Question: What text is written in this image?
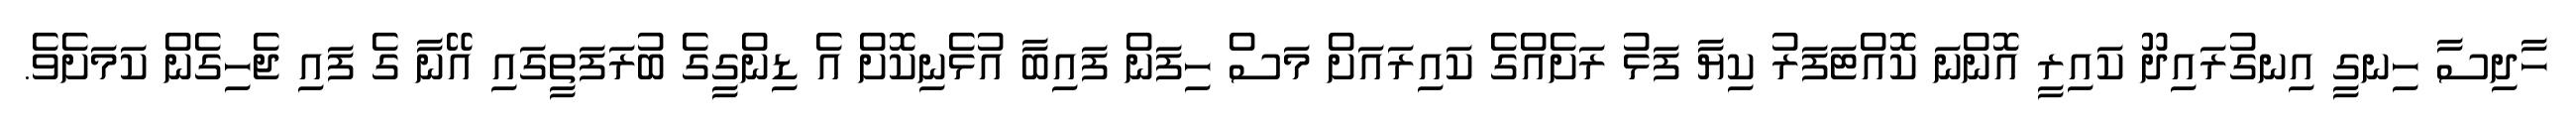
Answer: ހާދިސާ ހިނގީ އިނގުރައިދޫ ކައިރީ އޮންނަ ކޮއްޓަފަރު ކިޔާ ފަޅު ރަށެއްގެ ކައިރައަށް މަސް ހިފަން ފައިބާ އުޅެނިކޮށް އެ ޑިންގީގެ ބުރަފަތީގައި އޭނާ ގެ ފައި ޖެހިގެން ކަމަށެވެ.